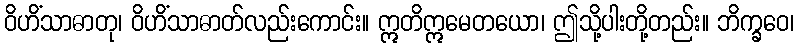
ဝိဟိံသာဓာတု၊ ဝိဟိံသာဓာတ်လည်းကောင်း။ ဣတိဣမေတယော၊ ဤသို့ပါးတို့တည်း။ ဘိက္ခဝေ၊